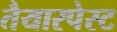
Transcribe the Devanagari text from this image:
तैयारपेस्ट